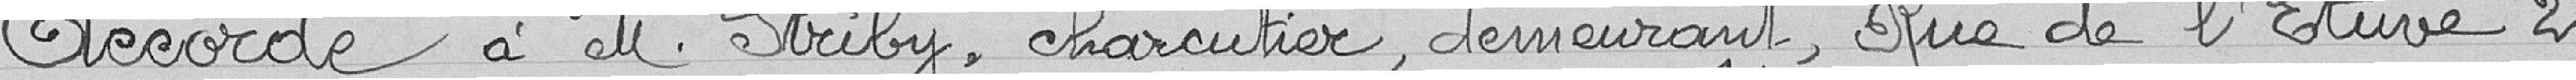
Accorde à M. Striby, charcutier, demeurant, Rue de l'Etuve 2